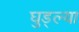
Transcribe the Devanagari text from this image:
घुड्ल्या